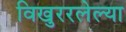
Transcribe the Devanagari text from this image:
विखुररलेल्या